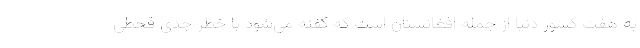
به هفت کشور دنیا از جمله افغانستان است که گفته می‌شود با خطر جدی قحطی